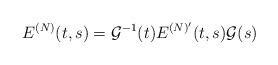
\begin{align*}E^{(N)}(t,s)=\mathcal{G}^{-1}(t)E^{(N)'}(t,s)\mathcal{G}(s)\end{align*}